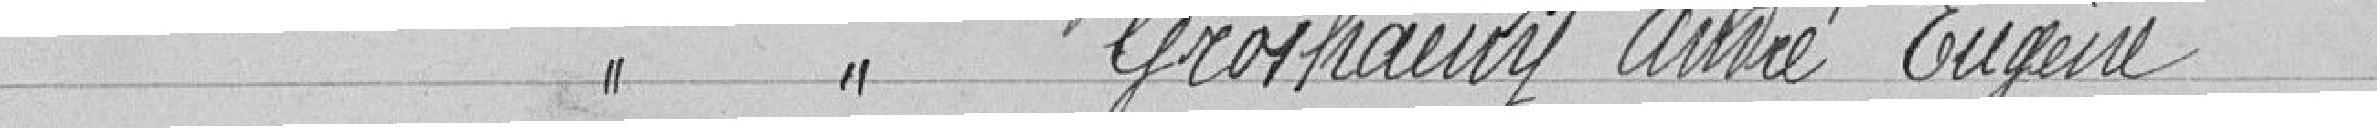
Classe 1926 GROSHAURY André Eugène